system: You are a helpful assistant.
user:
Analyze the provided spectrum to determine if it is a **Carbon Star (C-type)**.

- **Key Visual Indicators of Carbon Star:**
    - **(Primary):** Strong molecular absorption from **C₂ (diatomic carbon) "Swan Bands."** This is the **defining feature** of a carbon star.
        - **(Key Bandheads):** Sharp absorption edges are visible at approximately $5635$ Å, $5165$ Å (the strongest band), and $4737$ Å.
        - **(Line Profile):** Creates a distinct **"saw-tooth"** pattern. The key morphology is a sharp, steep bandhead on the **red (long-wavelength) side**, which then gradually tapers off (i.e., flux recovers) towards the **blue (short-wavelength) side**. *(This is the direct opposite of the TiO bands seen in M-type stars)*.

    - **(Secondary):** Intense **CN (cyanogen)** molecular absorption bands.
        - **(Key Bandheads):** Located in the blue and violet regions of the spectrum (e.g., near $4215$ Å and $3883$ Å).
        - **(Morphology):** These bands are extremely broad and act as a "blanket," absorbing the vast majority of blue and violet light. This creates a characteristic **"cliff"** or **"steep drop-off"** in the spectrum's flux at short wavelengths.

    - **(Key Confirmation):** Strong **CH absorption band (G-band)**.
        - **(Key Bandhead):** Located around $4300$ Å. The contribution from CH molecules to this band is exceptionally strong.

    - **(Overall Spectrum):**
        - The continuum is severely "chopped up" by these deep molecular bands, especially C₂, rather than appearing as a smooth curve.
        - Due to the heavy CN and C₂ absorption in the blue-green, the vast majority of the star's flux is concentrated in the red part of the spectrum, giving the star its characteristic deep red color.

Think first, call **spectral_visualization_tool** if needed to examine features in detail, then provide your final answer. Your response must adhere to the following strict rules:
1.  **Overall Structure:** Your response must follow the format `<think>...</think> <tool_call>...</tool_call> (if a tool is used) <answer>...</answer>`.
2.  **Tool Usage Constraint:** You may only make **one** tool call per turn.
3.  **Final Answer Format:** In the `<answer>` tag, your conclusion must be inside a `\boxed{}` command (e.g., `\boxed{YES}`), followed by your justification.

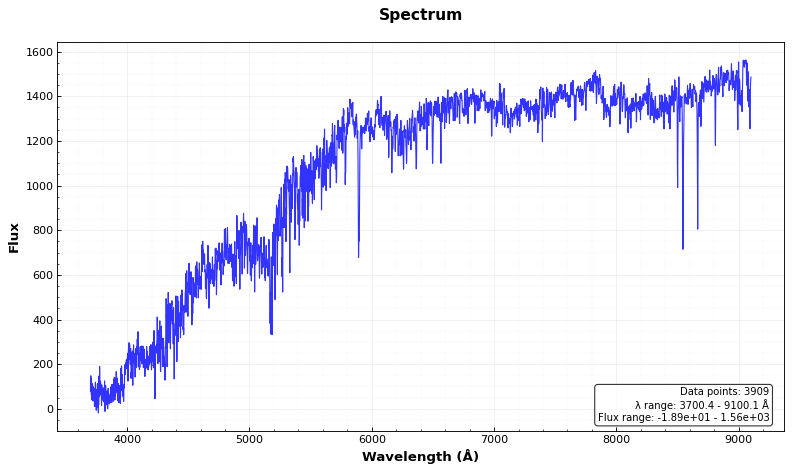
Answer: NO